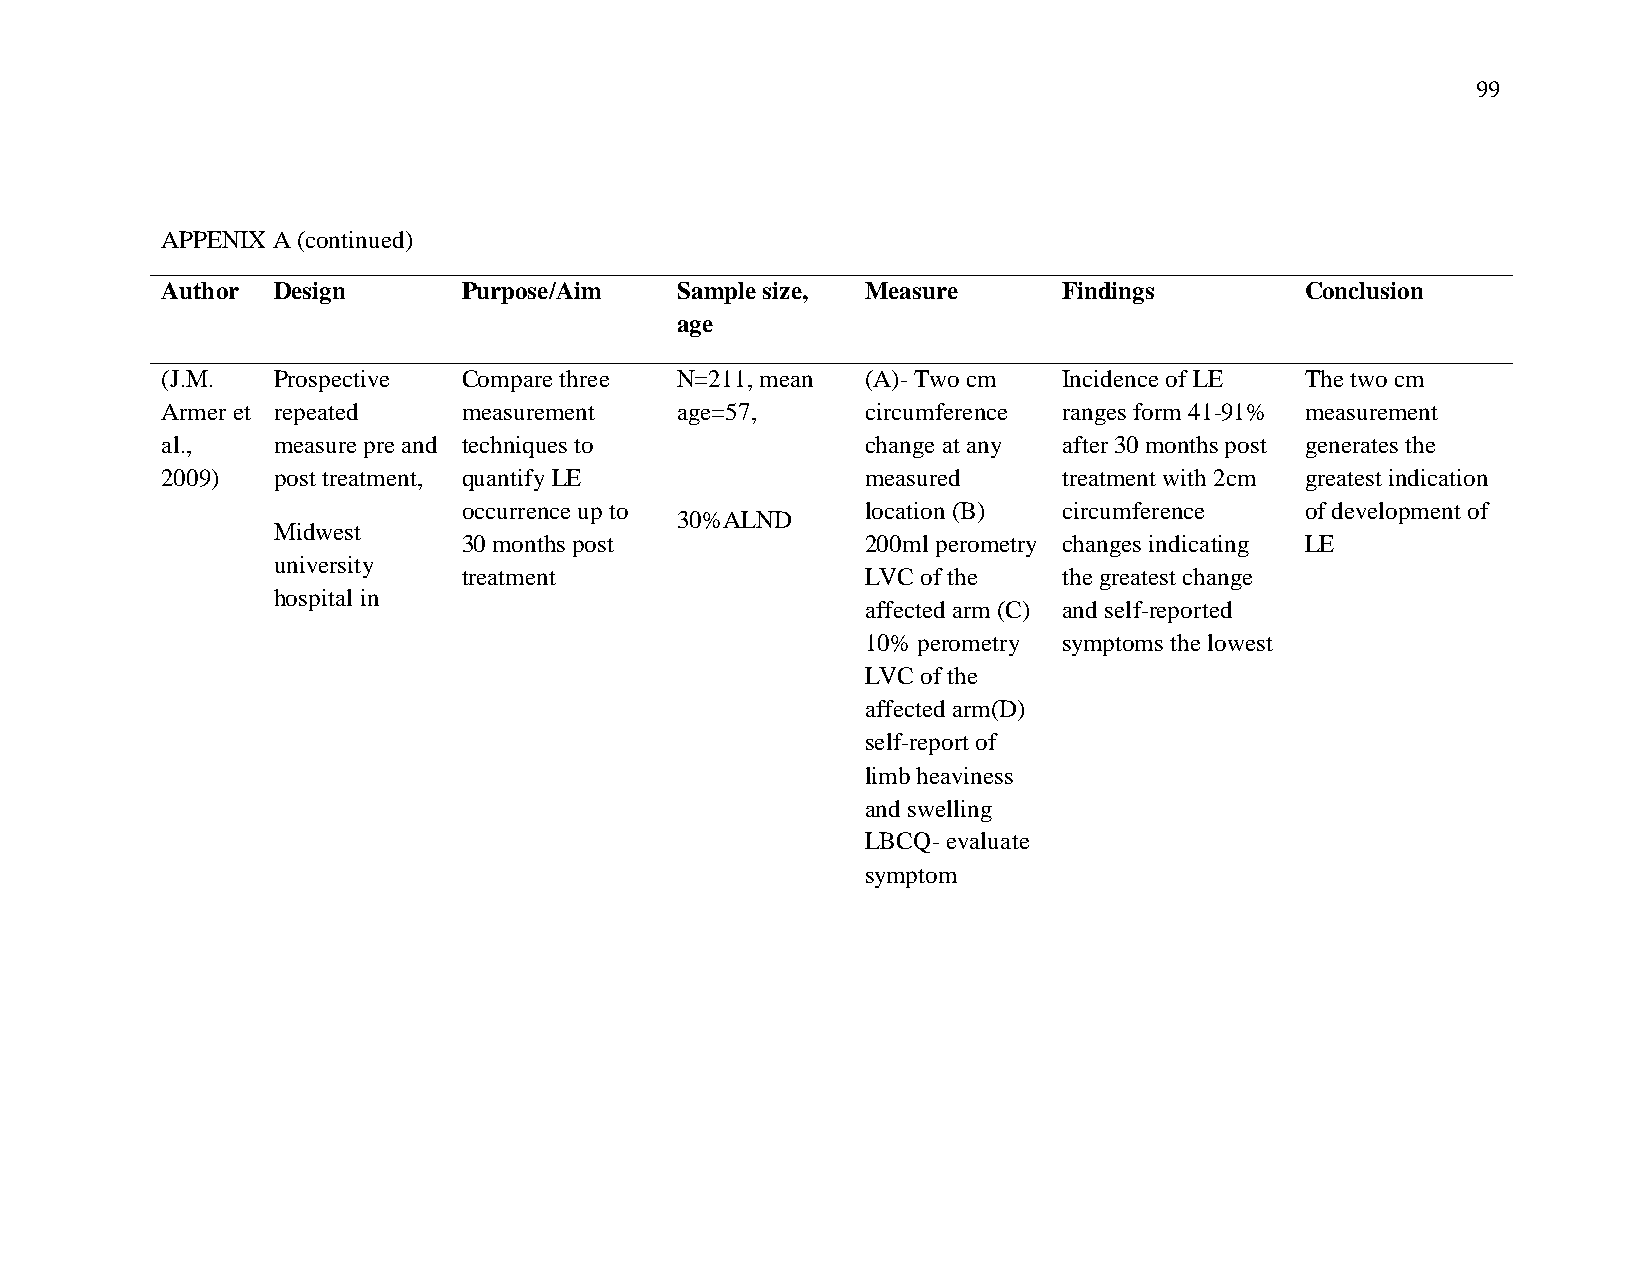
99
 APPENIX A (continued)
 Author Design       Purpose/Aim   Sample size, Measure     Findings        Conclusion
 age
 (J.M.  Prospective  Compare three N=211, mean (A)- Two cm  Incidence of LE The two cm
 Armer et repeated   measurement   age=57,     circumference ranges form 41-91% measurement
 al.,   measure pre and techniques to          change at any after 30 months post generates the
 2009)  post treatment, quantify LE            measured     treatment with 2cm greatest indication
 occurrence up to          location (B) circumference   of development of
 30%ALND
 Midwest
 30 months post            200ml perometry changes indicating LE
 university
 treatment                 LVC of the   the greatest change
 hospital in
 affected arm (C) and self-reported
 10% perometry symptoms the lowest
 LVC of the
 affected arm(D)
 self-report of
 limb heaviness
 and swelling
 LBCQ- evaluate
 symptom